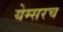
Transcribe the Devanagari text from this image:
येम्सरच